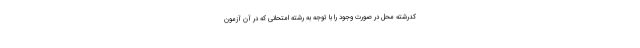
کدرشته محل در صورت وجود را با توجه به رشته امتحانی که در آن آزمون